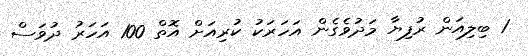
1 ބިލިއަން ރުފިޔާ މަދުވެގެން އަހަރަކު ކުރިއަށް އޮތް 100 އަހަރު ދުވަސް